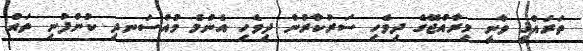
ތަރައްޤީ ވާނީ މިރާއްޖޭގެ ދިވެހި ސަރުކާރުން ދިވެހި އެންމެ މުއްސަނދި ކުންފުނި ތައް